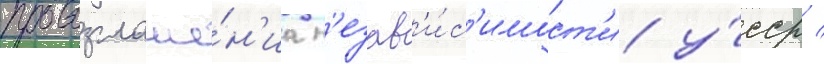
провозглаше́н'иа н'езав'и́с'имост'и у́сср /